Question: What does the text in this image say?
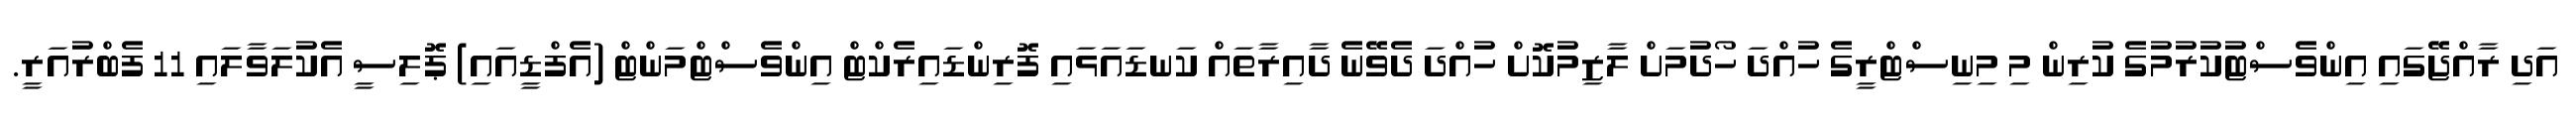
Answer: އަދި ރާއްޖޭގައި އިންވެސްޓުކުރުމުގެ ކުރިން މި މިނިސްޓްރީގެ ހުއްދަ ހޯދުމަށް ލާޒިމުކޮށް ހުއްދަ ދެވޭނެ ދާއިރާތައް ކަނޑައަޅައި ފޮރިންޑައިރެކްޓް އިންވެސްޓްމަންޓް (އެފްޑީއައި) ޕޮލިސީ އެކުލަވާލައި 11 ފެބްރުއަރީ.